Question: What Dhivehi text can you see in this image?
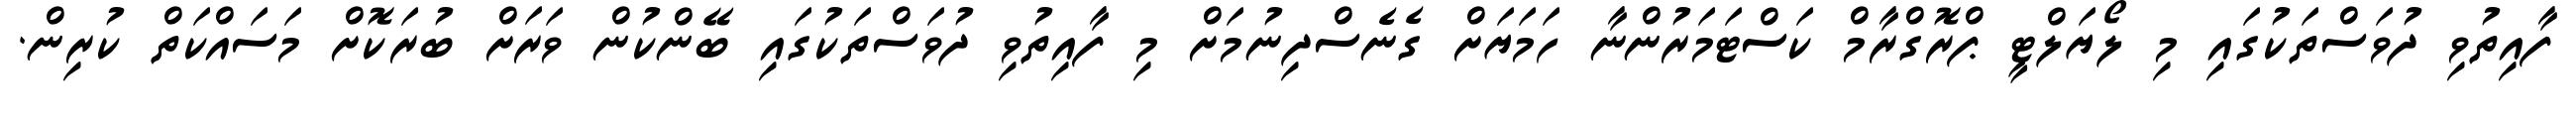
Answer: ފާއިތުވި ދުވަސްތަކުގައި މި ލޯޔަލްޓީ ޕްރޮގްރާމް ކަސްޓަމަރުންނާ ހަމަޔަށް ގެނެސްދިނުމަށް މި ފާއިތުވި ދުވަސްތަކުގައި ބޭންކުން ވަރަށް ބުރަކޮށް މަސައްކަތް ކުރިން.